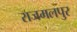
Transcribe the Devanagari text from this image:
राजमलपुर